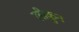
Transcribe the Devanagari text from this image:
लीकुन